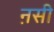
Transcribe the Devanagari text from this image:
ऩसी